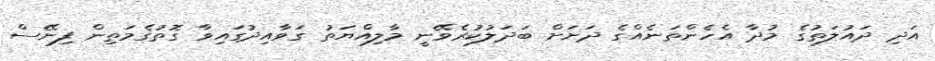
އަދި ދައުލަތުގެ މުދާ އެހެންތަނެއްގެ ދަށަށް ބަދަލުކުރެވޭނީ މާލިއްޔަތު ގަވާއިދުގައިވާ ގޮތުގެމަތިން ފިނޭސް